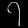
Digit: ၇